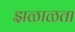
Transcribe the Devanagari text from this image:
झळाळता